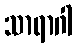
သာရာဂါ